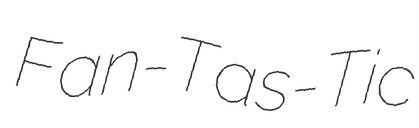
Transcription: Fan-Tas-Tic